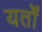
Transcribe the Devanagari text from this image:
यर्तों